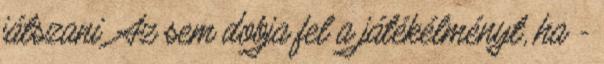
játszani. Az sem dobja fel a játékélményt, ha -